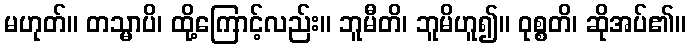
မဟုတ်။ တသ္မာပိ၊ ထို့ကြောင့်လည်း။ ဘူမီတိ၊ ဘူမိဟူ၍။ ဝုစ္စတိ၊ ဆိုအပ်၏။